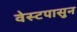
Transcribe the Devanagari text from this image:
वेस्टपासुन